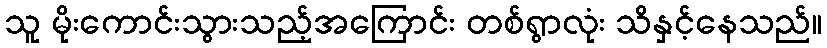
သူ မိုးကောင်းသွားသည့်အကြောင်း တစ်ရွာလုံး သိနှင့်နေသည်။